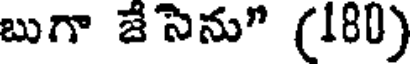
బుగా జేసెను" (180)